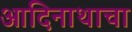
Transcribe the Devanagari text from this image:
आदिनाथाचा